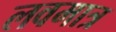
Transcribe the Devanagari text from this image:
लवमात्र